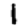
Digit: 1